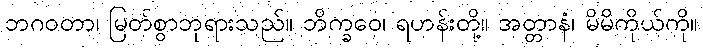
ဘဂဝတာ၊ မြတ်စွာဘုရားသည်။ ဘိက္ခဝေ၊ ရဟန်းတို့။ အတ္တာနံ၊ မိမိကိုယ်ကို။